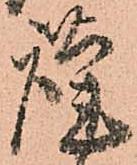
謹